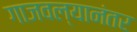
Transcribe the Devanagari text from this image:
गाजवल्यानंतर